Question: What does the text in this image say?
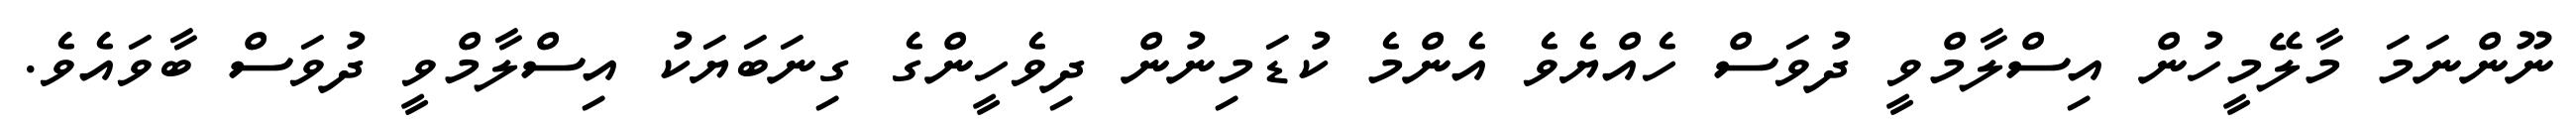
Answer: ނޫންނަމަ މާލޭމީހުން އިސްލާމްވީ ދުވަސް ހެއްޔެވެ އެންމެ ކުޑަމިނުން ދިވެހީންގެ ގިނަބަޔަކު އިސްލާމްވީ ދުވަސް ބާވައެވެ.